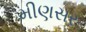
મીણસર